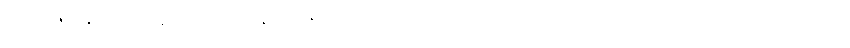
ဘရာဇီး နိုင်ငံတဝန်း ဖြစ်ပွားနေတဲ့ ဇီကာ ဗိုင်းရပ် ကူးစက်မှုဟာ အခုဆိုရင် လက်တင် အမေရိကက